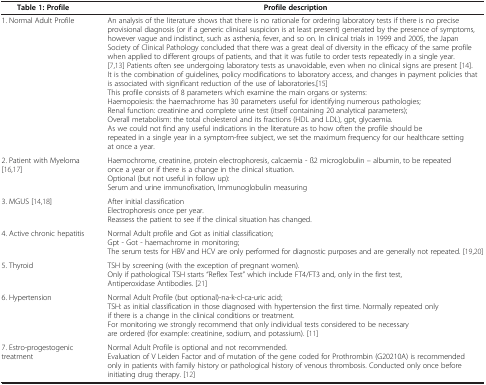
<table><thead><tr><td><b>Table1: Profile</b></td><td><b>Profile description</b></td></tr></thead><tbody><tr><td>1. Normal Adult Profile</td><td>An analysis of the literature shows that there is no rationale for ordering laboratory tests if there is no precise provisional diagnosis (or if a generic clinical suspicion is at least present) generated by the presence of symptoms, however vague and indistinct, such as asthenia, fever, and so on. In clinical trials in 1999 and 2005, the Japan Society of Clinical Pathology concluded that there was a great deal of diversity in the efficacy of the same profile when applied to different groups of patients, and that it was futile to order tests repeatedly in a single year. [7,13] Patients often see undergoing laboratory tests as unavoidable, even when no clinical signs are present [14]. It is the combination of guidelines, policy modifications to laboratory access, and changes in payment policies that is associated with significant reduction of the use of laboratories.[15]This profile consists of 8 parameters which examine the main organs or systems:Haemopoiesis: the haemachrome has 30 parameters useful for identifying numerous pathologies;Renal function: creatinine and complete urine test (itself containing 20 analytical parameters);Overall metabolism: the total cholesterol and its fractions (HDL and LDL), gpt, glycaemia.As we could not find any useful indications in the literature as to how often the profile should be repeated in a single year in a symptom-free subject, we set the maximum frequency for our healthcare setting at once a year.</td></tr><tr><td>2. Patient with Myeloma [16,17]</td><td>Haemochrome, creatinine, protein electrophoresis, calcaemia - ß2 microglobulin – albumin, to be repeated once a year or if there is a change in the clinical situation.Optional (but not useful in follow up):Serum and urine immunofixation, Immunoglobulin measuring</td></tr><tr><td>3. MGUS [14,18]</td><td>After initial classificationElectrophoresis once per year.Reassess the patient to see if the clinical situation has changed.</td></tr><tr><td>4. Active chronic hepatitis</td><td>Normal Adult profile and Got as initial classification;Gpt - Got - haemachrome in monitoring;The serum tests for HBV and HCV are only performed for diagnostic purposes and are generally not repeated. [19,20]</td></tr><tr><td>5. Thyroid</td><td>TSH by screening (with the exception of pregnant women).Only if pathological TSH starts “Reflex Test” which include FT4/FT3 and, only in the first test, Antiperoxidase Antibodies. [21]</td></tr><tr><td>6. Hypertension</td><td>Normal Adult Profile (but optional)-na-k-cl-ca-uric acid;TSH: as initial classification in those diagnosed with hypertension the first time. Normally repeated only if there is a change in the clinical conditions or treatment.For monitoring we strongly recommend that only individual tests considered to be necessary are ordered (for example: creatinine, sodium, and potassium). [11]</td></tr><tr><td>7. Estro-progestogenic treatment</td><td>Normal Adult Profile is optional and not recommended.Evaluation of V Leiden Factor and of mutation of the gene coded for Prothrombin (G20210A) is recommended only in patients with family history or pathological history of venous thrombosis. Conducted only once before initiating drug therapy. [12]</td></tr></tbody></table>